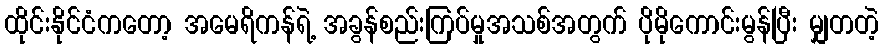
ထိုင်းနိုင်ငံကတော့ အမေရိကန်ရဲ့ အခွန်စည်းကြပ်မှုအသစ်အတွက် ပိုမိုကောင်းမွန်ပြီး မျှတတဲ့